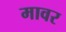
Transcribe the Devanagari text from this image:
मावर